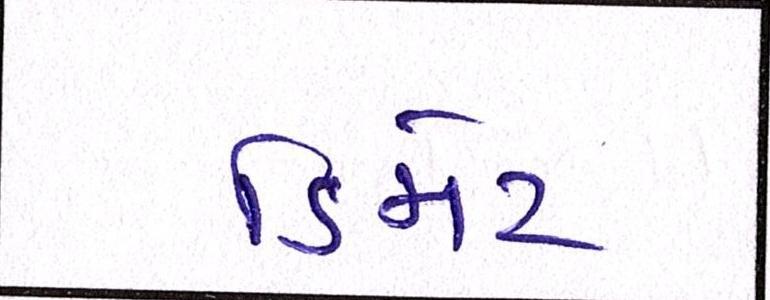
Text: ડિમેટ